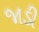
જાડી